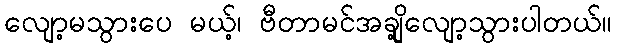
လျော့မသွားပေ မယ့်၊ ဗီတာမင်အချို့လျော့သွားပါတယ်။